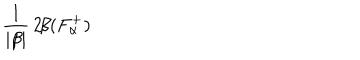
\frac { 1 } { | \beta | } \, 2 \! \beta ( F _ { \alpha } ^ { + } ) ~